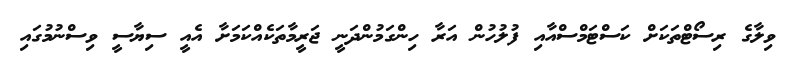
ވިލާގެ ރިސޯޓްތަކަށް ކަސްޓަމްސްއާއި ފުލުހުން އަރާ ހިންގަމުންދަނީ ޖަރީމާތަކެއްކަމަށާ އެއީ ސިޔާސީ ވިސްނުމުގައި